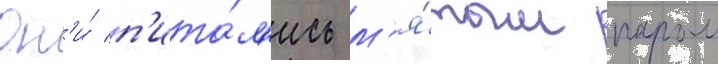
Он'и́ п'ита́л'ись м'я́тым паром